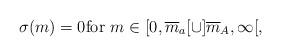
LaTeX: \begin{align*}\sigma(m) = 0 \textmd{for } m\in [0,\overline{m}_a[ \cup]\overline{m}_A, \infty[ ,\end{align*}